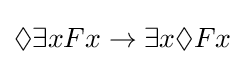
\Diamond \exists xFx\to \exists x\Diamond Fx